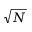
\sqrt { N }